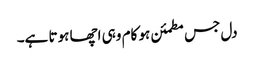
دل جس مطمئن ہو کام وہی اچھا ہوتا ہے۔